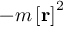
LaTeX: - m \left[ \mathbf { r } \right] ^ { 2 }